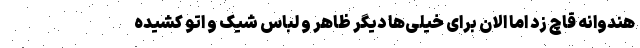
هندوانه قاچ زد اما الان برای خیلی‌ها دیگر ظاهر و لباس شیک و اتو کشیده